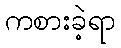
ကစားခဲ့ရာ